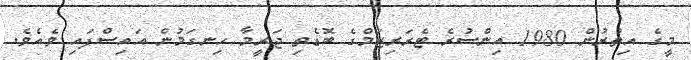
މީގެ އިތުރުން 1980 އިންސުރެ ޓެރަރިޒަމްގެ ބޮޑެތި ޖަރީމާ ހިނގަމުން އައިސްފައި ވެއެވެ.